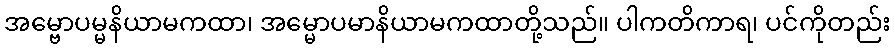
အမ္ဗောပမ္မနိယာမကထာ၊ အမ္မောပမာနိယာမကထာတို့သည်။ ပါကတိကာရ၊ ပင်ကိုတည်း